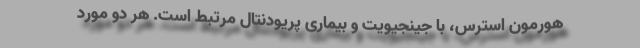
هورمون استرس، با جینجیویت و بیماری پریودنتال مرتبط است. هر دو مورد